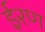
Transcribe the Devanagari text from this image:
ईरण